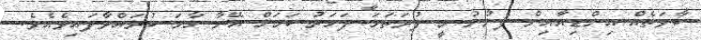
ބާވަތެއް އިންޑިއާއިން ފެނުނު މީ ފުރަތަމަ ފަހަރު ކަމަށް އޭނާ ހާމަ ކުރައްވާފައިވެއެވެ.